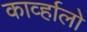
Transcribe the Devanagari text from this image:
काव्‍र्हालो